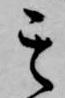
其